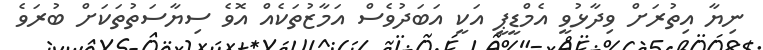
ނިޔާ އިތުރަށް ވިދާޅުވީ އެމްޑީޕީ އަކީ އަބަދުވެސް އަމާޒުތަކެއް އޮވެ ސިޔާސަތުތަކަށް ބުރަވެ